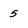
Character: 5